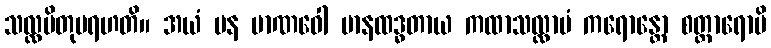
သလ္လပိတုမရဟတိ။ အယံ ပန မာဏဝေါ မာနထဒ္ဓတာယ ကထာသလ္လာပံ ကရောန္တော စတ္တာရောပိ